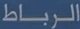
الرباط